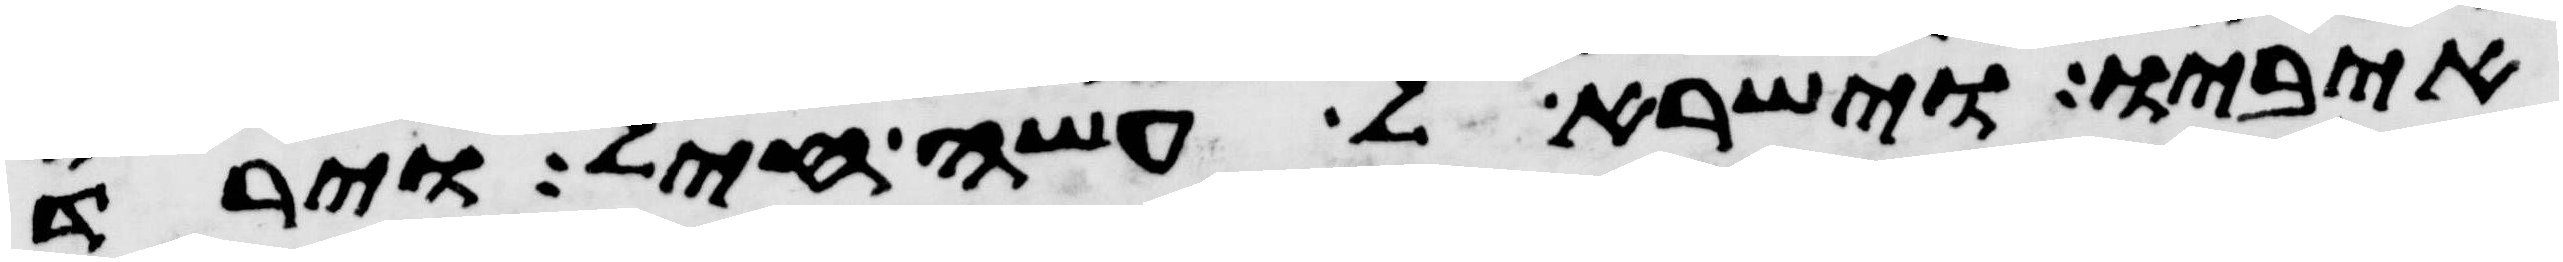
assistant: איביו וישראל עשה חיל וירד